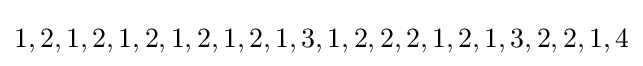
1,2,1,2,1,2,1,2,1,2,1,3,1,2,2,2,1,2,1,3,2,2,1,4